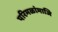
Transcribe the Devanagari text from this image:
परिमळांमाजि